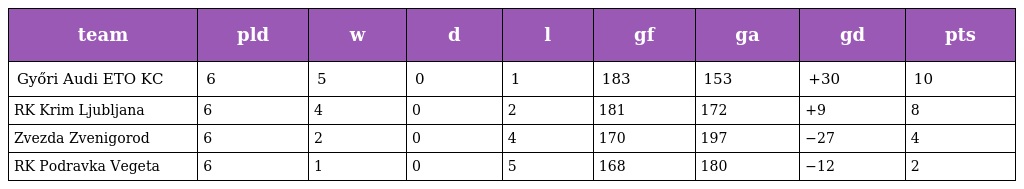
| team | pld | w | d | l | gf | ga | gd | pts |
 | --- | --- | --- | --- | --- | --- | --- | --- | --- |
 | Győri Audi ETO KC | 6 | 5 | 0 | 1 | 183 | 153 | +30 | 10 |
 | RK Krim Ljubljana | 6 | 4 | 0 | 2 | 181 | 172 | +9 | 8 |
 | Zvezda Zvenigorod | 6 | 2 | 0 | 4 | 170 | 197 | −27 | 4 |
 | RK Podravka Vegeta | 6 | 1 | 0 | 5 | 168 | 180 | −12 | 2 |